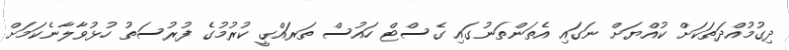
ދިގުމުއްދަތަކަށް ކުއްޔަށް ނަގައި އެތަންތަނުގައި ގެސްޓް ހައުސް ތަރައްގީ ކުރުމުގެ ފުރުސަތު ހުޅުވާލާނެކަމަށް